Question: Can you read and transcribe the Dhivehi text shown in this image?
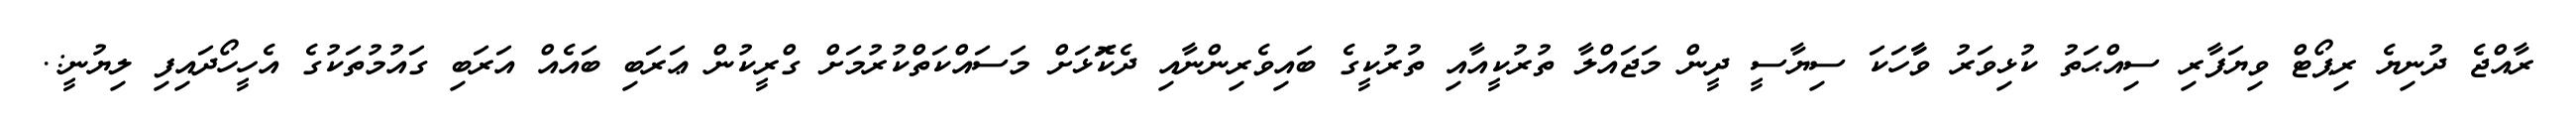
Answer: ރާއްޖެ ދުނިޔެ ރިޕޯޓް ވިޔަފާރި ސިއްޙަތު ކުޅިވަރު ވާާހަކަ ސިޔާސީ ދީން މަޖައްލާ ތުރުކީއާއި ތުރުކީގެ ބައިވެރިންނާއި ދެކޮަޅަށް މަސައްކަތްކުރުމަށް ގްރީކުން ޢަރަބި ބައެއް އަރަބި ގައުމުތަކުގެ އެހީހޯދައިފި ލިޔުނީ:.